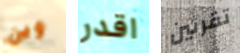
وين اقدر تقرئين